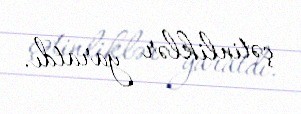
çətinliklər yaratdı.